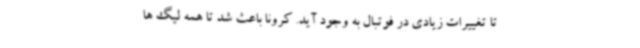
تا تغییرات زیادی در فوتبال به وجود آید. کرونا باعث شد تا همه لیگ ها